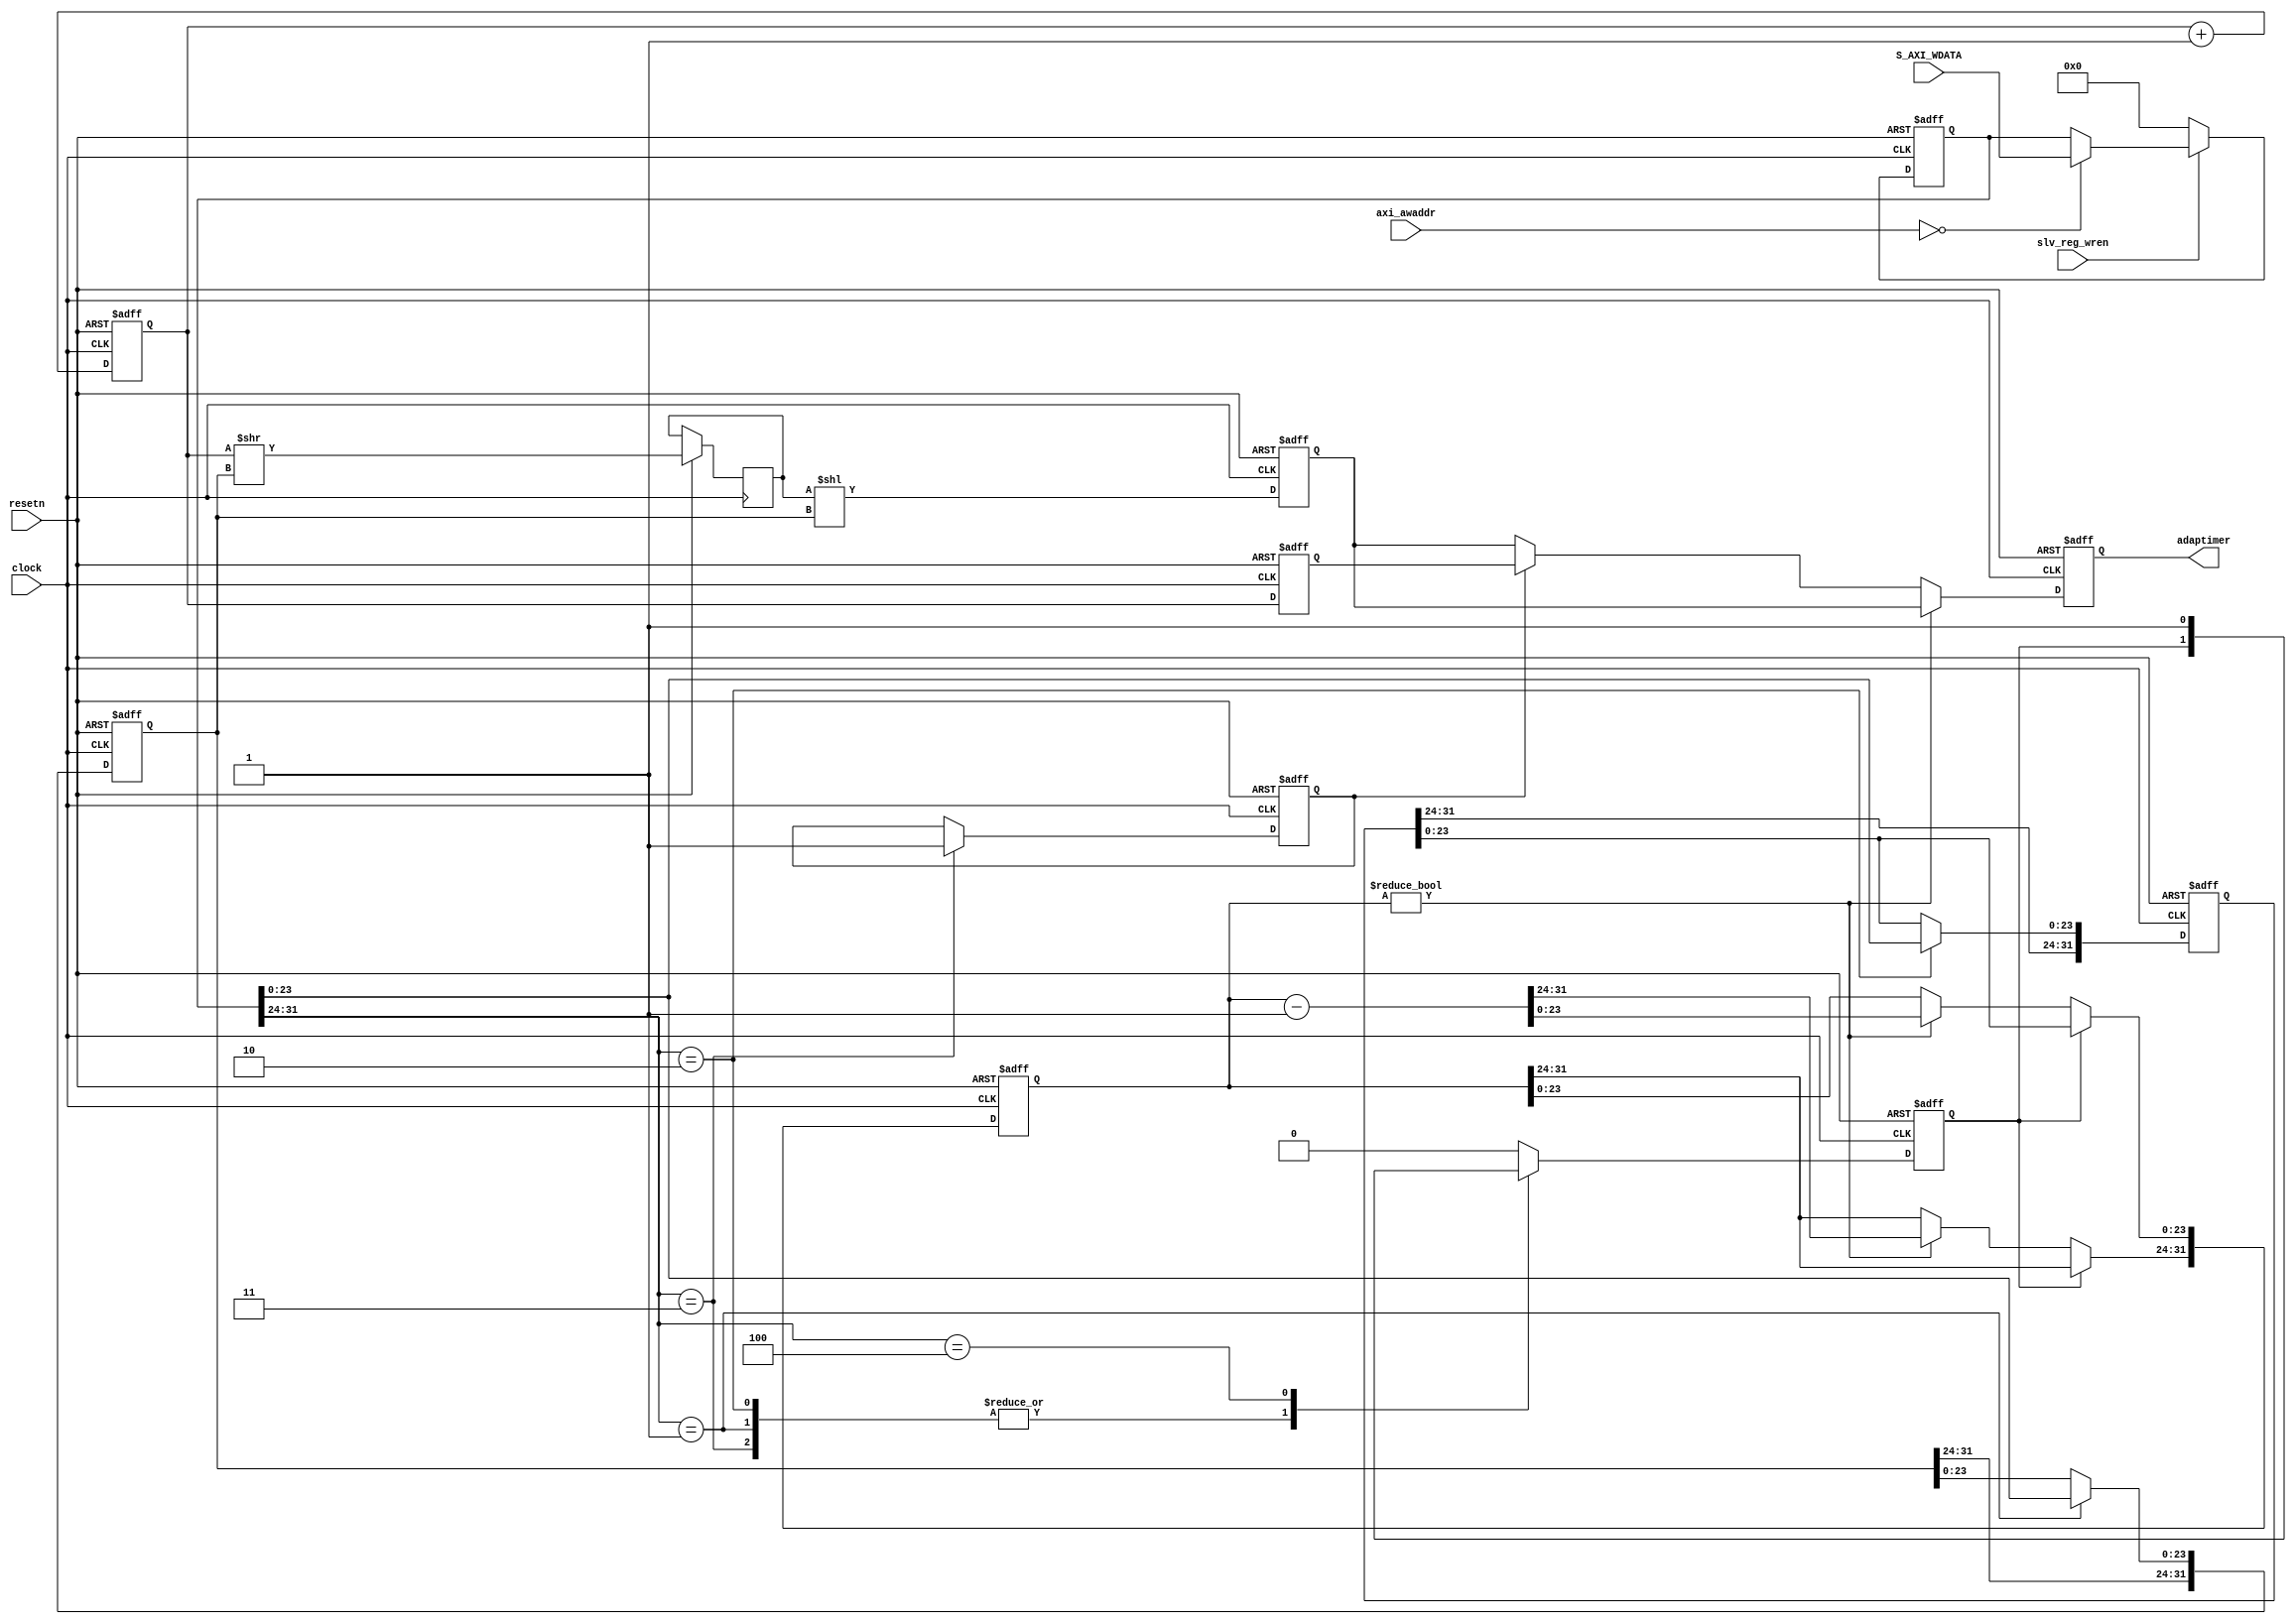
`timescale 1ns / 1ps


module AdapTimer2(
	input                     resetn,
	input                     clock,
	input                     slv_reg_wren,
	input [2:0]               axi_awaddr,
	input [31:0]              S_AXI_WDATA,
(*mark_debug = "true"*)output reg [63:0]         adaptimer
);

// ==================================================================
// reg
// ==================================================================
(*mark_debug = "true"*)reg [63:0]     clock_counter;
(*mark_debug = "true"*)reg [31:0]     control_register;
(*mark_debug = "true"*)reg [31:0]     safe_resolution_register;
(*mark_debug = "true"*)reg [31:0]     safe_counter_threshold;
(*mark_debug = "true"*)reg [31:0]     safe_counter;
(*mark_debug = "true"*)reg            flush_start;
(*mark_debug = "true"*)reg            timer_en;
(*mark_debug = "true"*)reg [63:0]     safetimer;
(*mark_debug = "true"*)reg [63:0]     temp_safetimer;
(*mark_debug = "true"*)reg [63:0]     high_resolution_timer;


// ==================================================================
// clock_counter
// ==================================================================	
always @(posedge clock or negedge resetn) 
	begin
	if(resetn == 1'b0) 
		begin
		clock_counter <=64'h0;
		end
	else
		begin
		clock_counter <= clock_counter+1'b1;
		end
	end

// ==================================================================
// control_register
// ==================================================================
always @(posedge clock or negedge resetn)
	begin
	if(resetn == 1'b0)
		begin
		control_register <= 32'h0;
		end
	else	
		if(slv_reg_wren)
			begin
			case(axi_awaddr)
				4'h0:
					begin
					control_register <= S_AXI_WDATA[31:0];
					end
				default:
					begin
					control_register <= control_register; 
					end
			endcase
			end
		else
			begin
			control_register <= 32'h0;
			end
	end	

// ==================================================================
// safe_resolution_register,timertimer_enflushflush_start
// ==================================================================
always @(posedge clock or negedge resetn)
	begin
	if(resetn == 1'b0)
		begin
		safe_resolution_register <= 32'h0;
		safe_counter_threshold   <=32'h0;
		flush_start              <= 1'b0;
		timer_en                 <= 1'b0;
		end
	else
		begin
		case(control_register[31:24])
			32'h1://safe_resolution
				begin
				safe_resolution_register[23:0] <= control_register[23:0];
				end
			32'h2://safe_counter
				begin
				safe_counter_threshold[23:0] <= control_register[23:0];
				end
			32'h3://
				begin
				timer_en <= 1'b1;
				end
			32'h4://flush
				begin
				flush_start <= 1'b1;
				end
			default:
				begin
				timer_en <= timer_en;
				flush_start <= 1'b0;
				end
		endcase
		end
	end




// ==================================================================
// safe_counter
// ==================================================================

always @(posedge clock or negedge resetn) 
	begin
    if ( resetn == 1'b0 ) 
		begin
        safe_counter <= 32'h0000;
		end
    else 
		begin
		case(flush_start)
			1'b1:
				begin
				safe_counter[23:0] <= safe_counter_threshold;
				end
			default:
				begin
				if(safe_counter != 32'h0)
					begin
					safe_counter <= safe_counter-1'b1;
					end
				else
					begin
					safe_counter <= safe_counter;
					end	
				end	
		endcase	
		end
	end	

// ==================================================================
// high_resolution_timer
// ==================================================================	
always @(posedge clock or negedge resetn)
	begin
	if(resetn==1'b0)
		begin
		high_resolution_timer <=64'h0;
		end
	else
		begin
		high_resolution_timer <= clock_counter;
		end	
	end	
	

// ==================================================================
// safetimer
// ==================================================================	
always @(posedge clock or negedge resetn)
	begin
	if(resetn==1'b0)
		begin
		safetimer <=64'h0;
		end
	else
		begin
		temp_safetimer <= clock_counter >> safe_resolution_register;
		safetimer <= temp_safetimer << safe_resolution_register;
		end	
	end
	

// ==================================================================
// adaptimer
// ==================================================================	
always @(posedge clock or negedge resetn)
	begin
	if(resetn==1'b0)
		begin
		adaptimer <=64'h0;
		end
	else
		begin
		if(safe_counter != 32'h0)
			begin
			adaptimer <= safetimer;
			end
		else
			begin
			if(timer_en == 1'b0)
				begin
				adaptimer <= safetimer;
				end
			else
				begin
				adaptimer <= high_resolution_timer;
				end
			end		
		end	
	end

	
endmodule